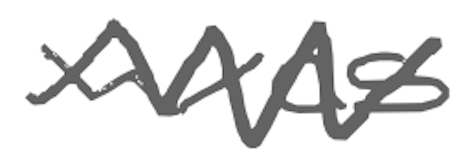
Text: was
Cross-out: zig-zag
Writing tool: digital_gray